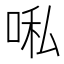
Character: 𭈀